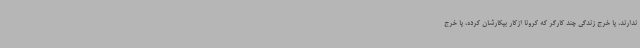
ندارند، یا خرج زندگی چند کارگر که کرونا ازکار بیکارشان کرده، یا خرج